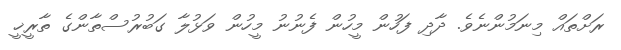
ރަށްތައް މިނަމުންނެވެ. ދާދި ފަހުން މީހުން ފެނުނު މީހުން ވަޅުލާ ގަބުރުސްތާންގެ ތާރީޚީ